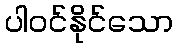
ပါဝင်နိုင်သော